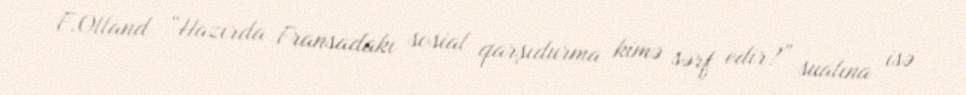
F.Olland “Hazırda Fransadakı sosial qarşıdurma kimə sərf edir?” sualına isə